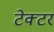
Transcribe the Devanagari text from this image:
टेक्टर